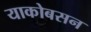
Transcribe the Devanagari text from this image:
याकोबसन